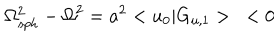
LaTeX: { \Omega _ { s p h } ^ { 2 } } - { \Omega } ^ { 2 } = a ^ { 2 } < u _ { 0 } | G _ { u , 1 } > < 0